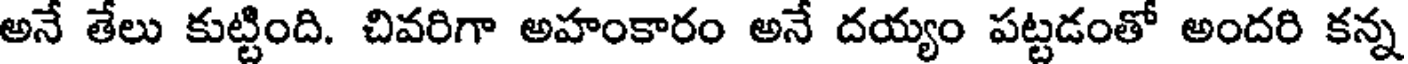
అనే తేలు కుట్టింది. చివరిగా అహంకారం అనే దయ్యం పట్టడంతో అందరి కన్న